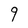
Character: q